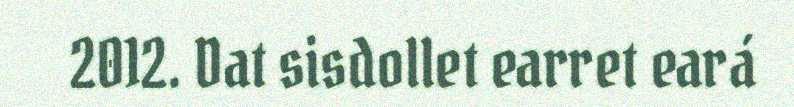
2012. Dat sisdollet earret eará